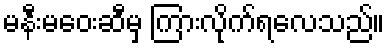
မနီးမဝေးဆီမှ ကြားလိုက်ရလေသည်။